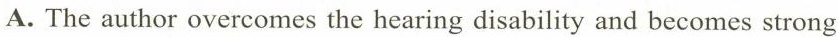
A.The author overcomes the hearing disability and becomes strong